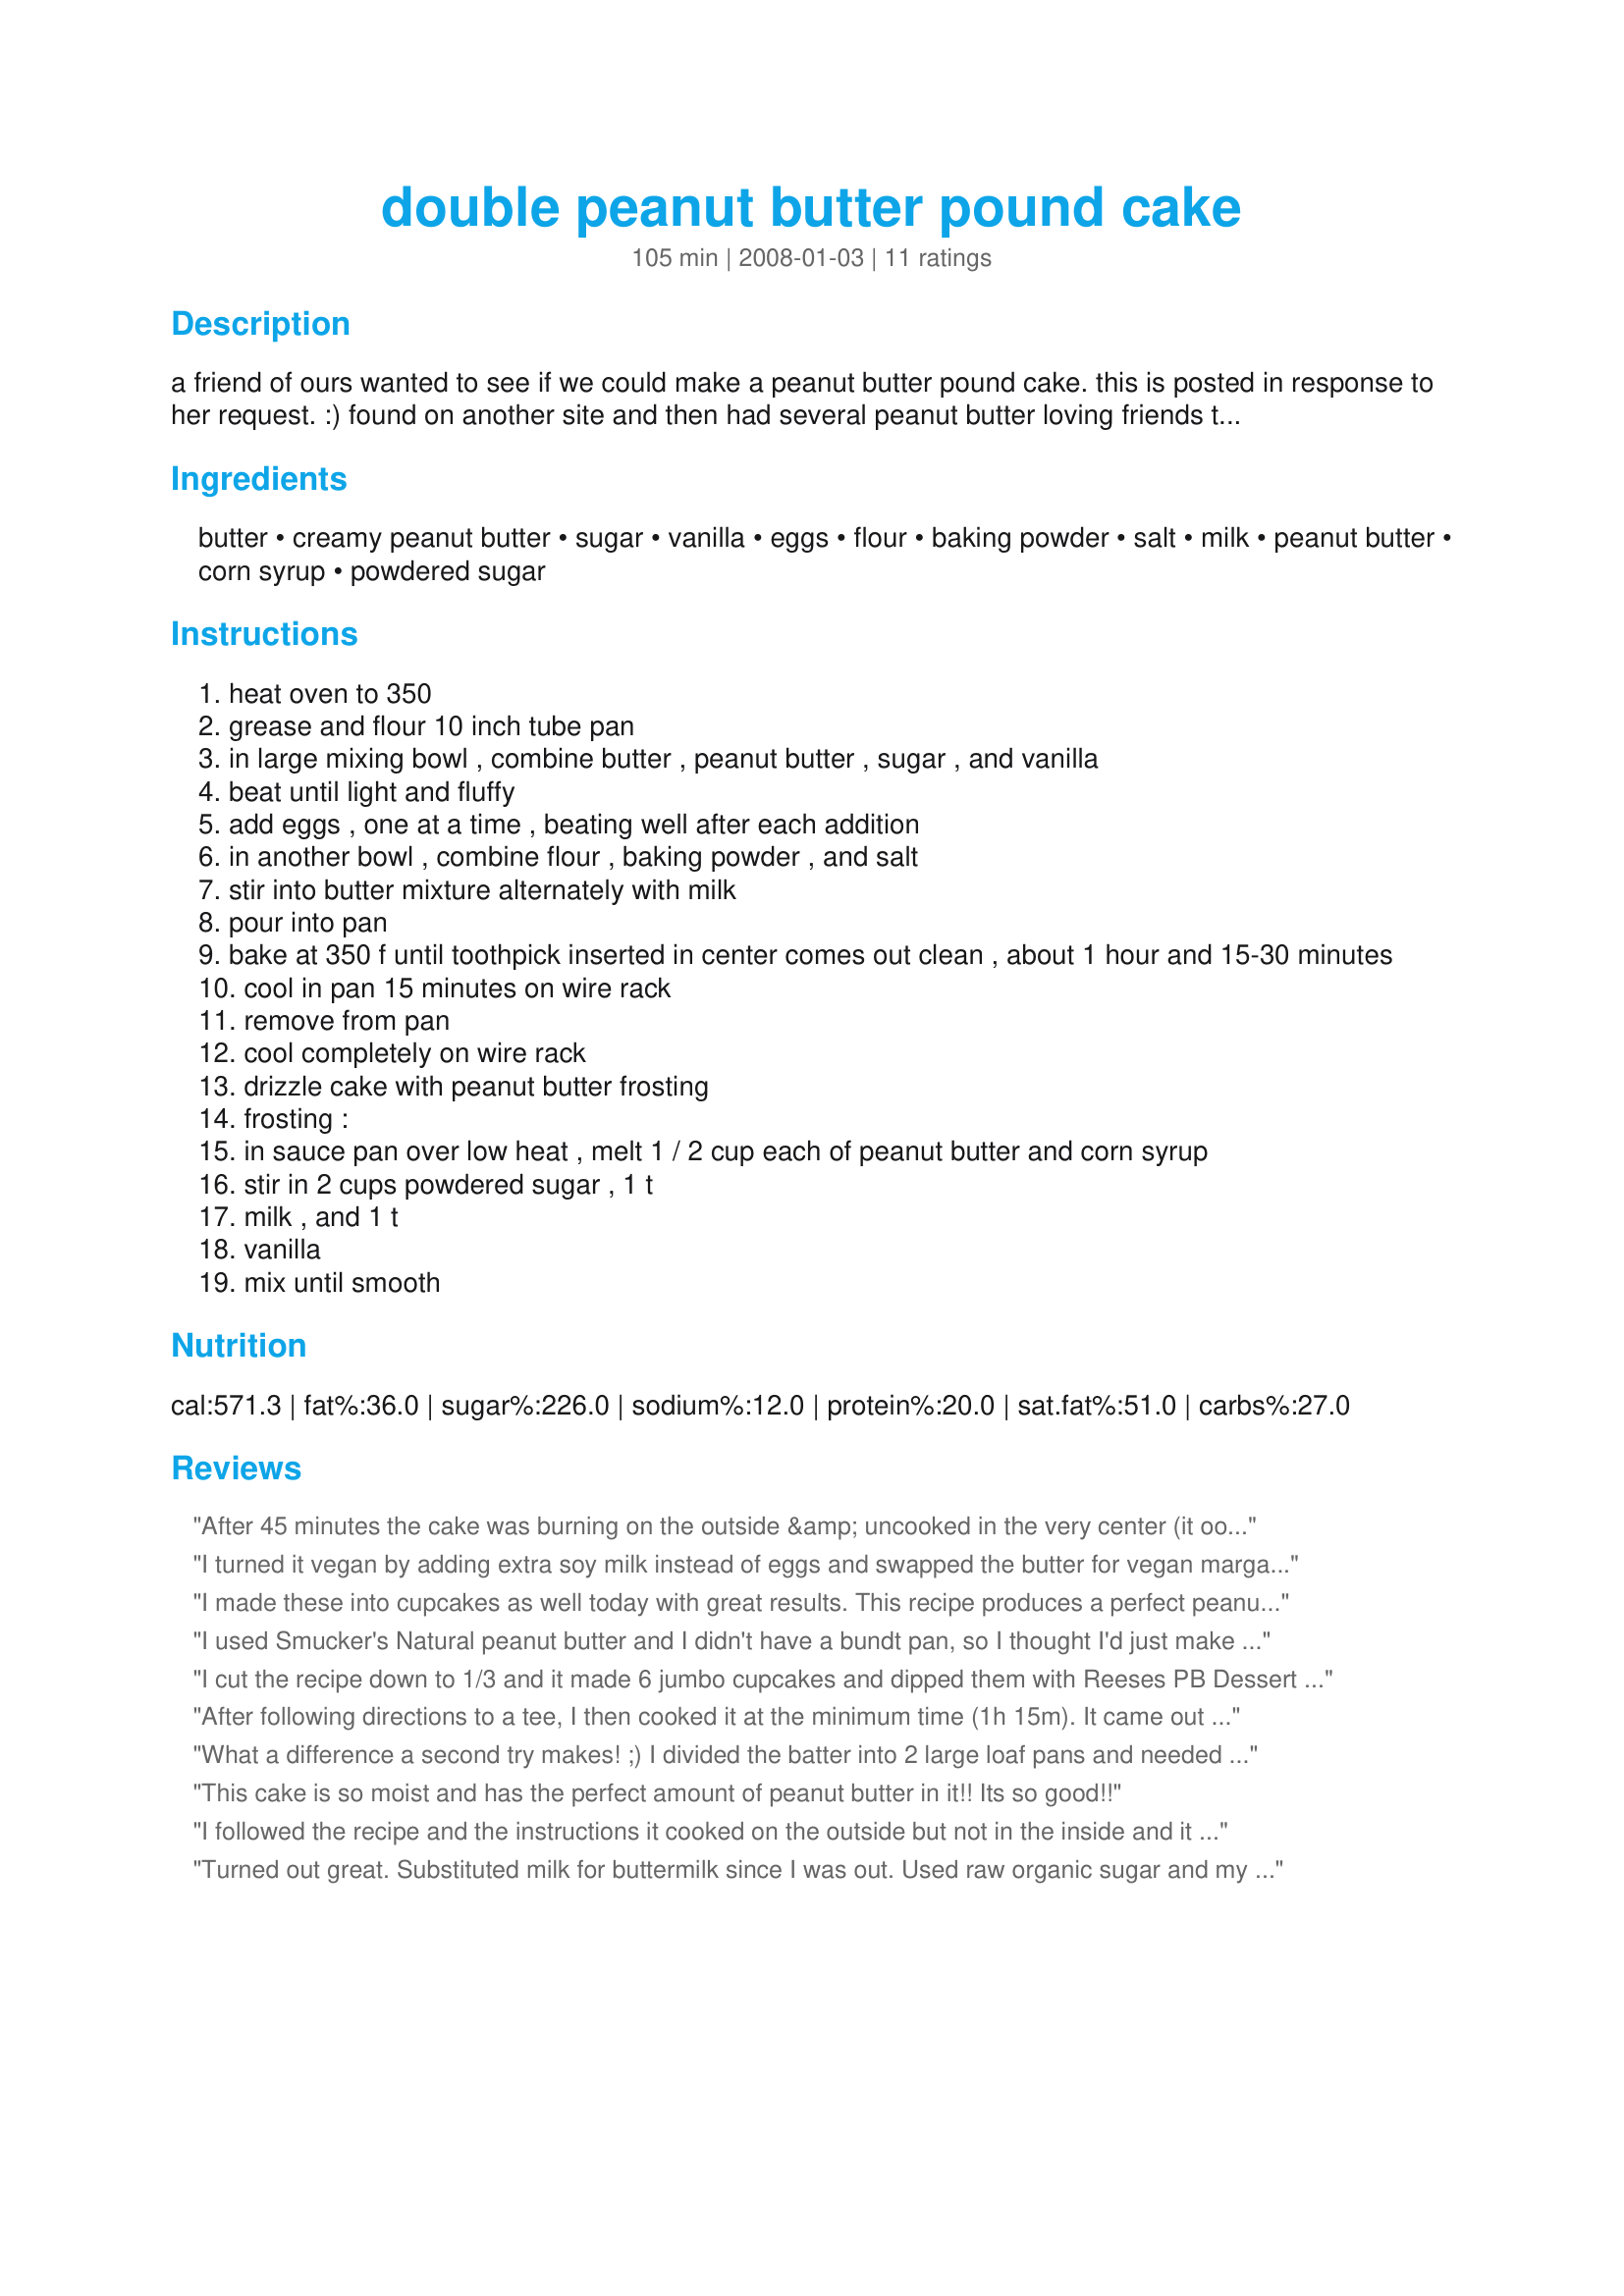
double peanut butter pound cake
Preparation time: 105 minutes

a friend of ours wanted to see if we could make a peanut butter pound cake. this is posted in response to her request. :) found on another site and then had several peanut butter loving friends try it out. :)

Ingredients:
butter, creamy peanut butter, sugar, vanilla, eggs, flour, baking powder, salt, milk, peanut butter, corn syrup, powdered sugar

Steps:
heat oven to 350
grease and flour 10 inch tube pan
in large mixing bowl , combine butter , peanut butter , sugar , and vanilla
beat until light and fluffy
add eggs , one at a time , beating well after each addition
in another bowl , combine flour , baking powder , and salt
stir into butter mixture alternately with milk
pour into pan
bake at 350 f until toothpick inserted in center comes out clean , about 1 hour and 15-30 minutes
cool in pan 15 minutes on wire rack
remove from pan
cool completely on wire rack
drizzle cake with peanut butter frosting
frosting :
in sauce pan over low heat , melt 1 / 2 cup each of peanut butter and corn syrup
stir in 2 cups powdered sugar , 1 t
milk , and 1 t
vanilla
mix until smooth

Reviews:
After 45 minutes the cake was burning on the outside &amp; uncooked in the very center (it oozed out once the cake was turned out of the bundt pan). I trimmed off the crispy black edges, flipped it back over (rounded part down) to keep the ooze inside &amp; still hoping for the best. It could be my oven but I make bundts all the time &amp; this is rarely a problem. I used spray as the recipe suggests so I don&#039;t know where this went wrong. All I know is, an hour is a long time, even for a bundt. Good thing we like peanut butter around here, it won&#039;t get wasted, but glad I wasn&#039;t planning on serving it for a special occassion.
I turned it vegan by adding extra soy milk instead of eggs and swapped the butter for vegan margarine. It tasted amazing! Thank you :)
I made these into cupcakes as well today with great results. This recipe produces a perfect peanut buttery cake that is extremly tasty. I baked these for about 10 minutes since I made them in mini muffins pans. This made the perfect bit sized treat for me! I topped them with a mixture of the frosting posted here and a chocolate butter cream on the others for those who did not want such an intense peanutty cake.
I used Smucker's Natural peanut butter and I didn't have a bundt pan, so I thought I'd just make a 9-inch, 2-layer cake. Well, I filled those pans to the brim (hoping that pound cake wouldn't rise very much) and had enough more for 5 cupcakes. I almost overflowed the cake pans. LOL. I think less there and 12 cupcakes would have been better. But I trimmed off the extra (which was really good dipped in Recipe #89207) and had a cute little cake. There was only enough (peanut butter) frosting to coat the tops of the layers, which was okay. I sprinkled some dry-roasted peanuts on top for decoration. I got many compliments on the cake! Reviewed for 1-2-3 Hit Wonders Tag.
I cut the recipe down to 1/3 and it made 6 jumbo cupcakes and dipped them with Reeses PB Dessert topping. They took about 17 minutes to bake. This is a very peanutty and delicious recipe with absolute poundcake texture. Thanks for sharing this recipe. :)
After following directions to a tee, I then cooked it at the minimum time (1h 15m). It came out quite dry.
What a difference a second try makes! ;) I divided the batter into 2 large loaf pans and needed to give them a few more minutes before the toothpick came out clean. After they cooled, I slathered Recipe #89207 on the top and sides. (I have tried the recipe frosting and it's great too!) The cake was perfect...moist and buttery. The frosting was a great compliment since we love peanut butter and chocolate together. Thanks for sharing this great recipe, Sweets! :)
This cake is so moist and has the perfect amount of peanut butter in it!! Its so good!!
I followed the recipe and the instructions it cooked on the outside but not in the inside and it was after about 45 minutes so I cut it down to 325 degrees after about 15 minutes it started burning so I wasted good butter, vanilla, and peanut butter So Don't Try This Recipe.
Turned out great. Substituted milk for buttermilk since I was out. Used raw organic sugar and my own chicken eggs. Used tube pan. Convection oven. Today made it into cupcakes and put a blob of wild blueberry jam or cherry butter in middle. Going to do a cream cheese frosting.
